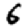
Digit: 6